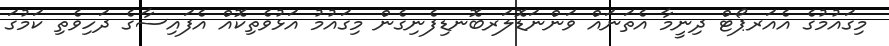
މިގައުމުގެ އެއަރޕޯޓް ދިނީމާ އެތަނައް ވަންނަޑޮލަރބޮނޑިފެނިގެން މިގައުމު އަޅުވެތިކޮއް އެފައިސާގެ ދަހިވެތި ކަމުގަ